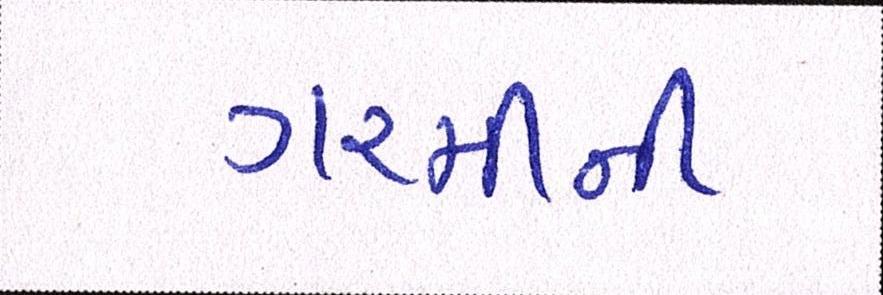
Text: ગરમીની